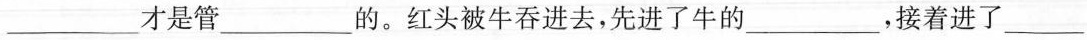
___才是管___的。红头被牛吞进去，先进了牛的___，接着进了___